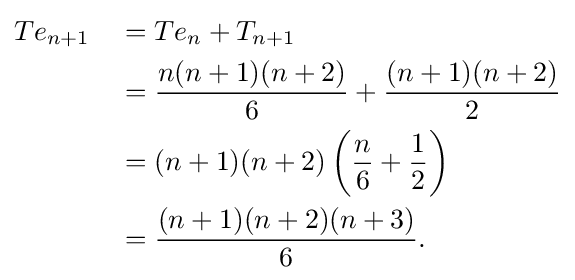
{\begin{aligned}Te_{n+1}\quad &=Te_{n}+T_{n+1}\\&={\frac {n(n+1)(n+2)}{6}}+{\frac {(n+1)(n+2)}{2}}\\&=(n+1)(n+2)\left({\frac {n}{6}}+{\frac {1}{2}}\right)\\&={\frac {(n+1)(n+2)(n+3)}{6}}.\end{aligned}}